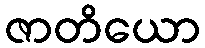
ဇာတိယော